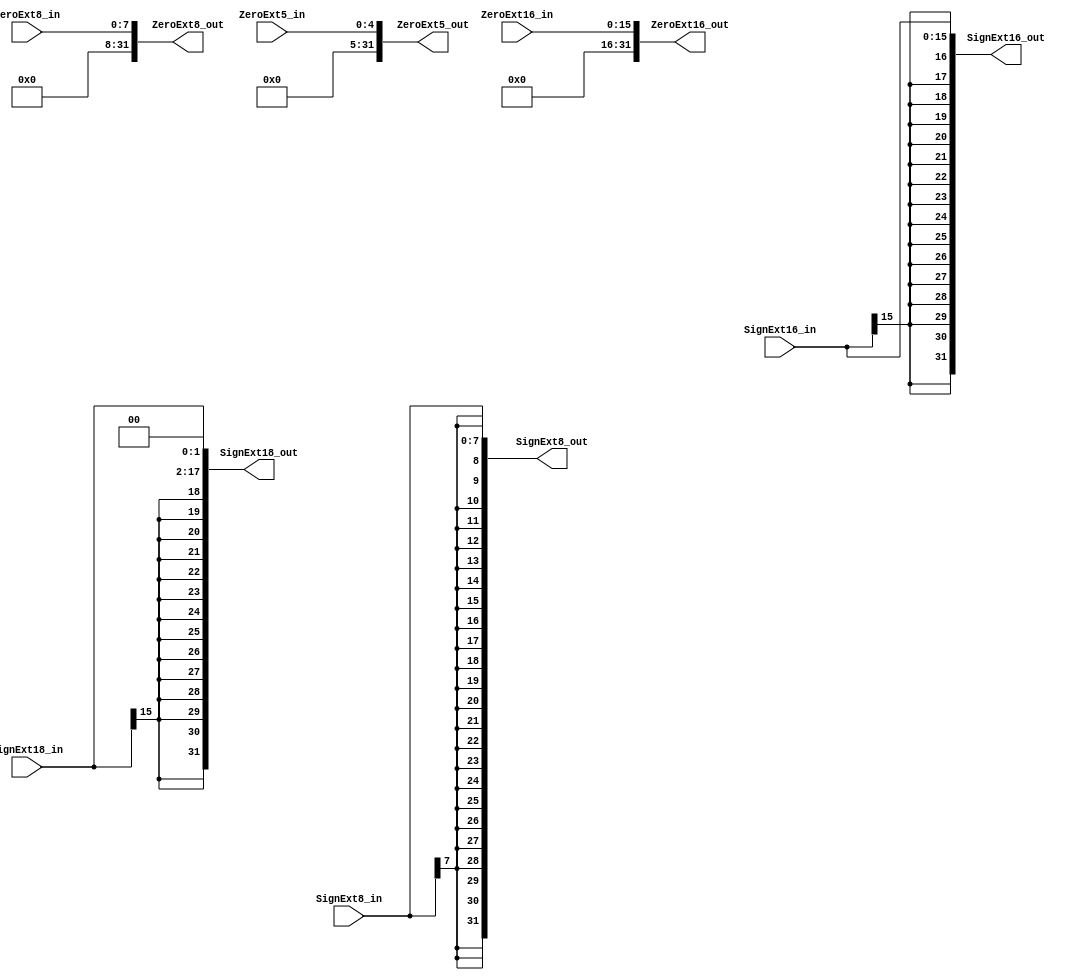
module Extender(
	input [15:0]SignExt16_in,
	input [15:0]ZeroExt16_in,
	input [15:0]SignExt18_in,
	input [7:0]SignExt8_in,
	input [7:0]ZeroExt8_in,
	input [4:0]ZeroExt5_in,
	output [31:0]SignExt16_out,
	output [31:0]ZeroExt16_out,
	output [31:0]SignExt18_out,
	output [31:0]SignExt8_out,
	output [31:0]ZeroExt8_out,
	output [31:0]ZeroExt5_out
);
	assign SignExt16_out = {{16{SignExt16_in[15]}}, SignExt16_in};
	assign ZeroExt16_out = {16'b0, ZeroExt16_in};
	assign SignExt18_out = {{14{SignExt18_in[15]}}, SignExt18_in, 2'b0};
	assign SignExt8_out = {{24{SignExt8_in[7]}}, SignExt8_in};
	assign ZeroExt8_out = {24'b0, ZeroExt8_in};
	assign ZeroExt5_out = {27'b0, ZeroExt5_in};
endmodule